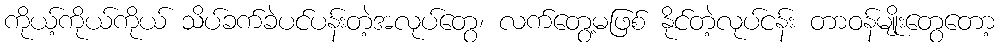
ကိုယ့်ကိုယ်ကိုယ် သိပ်ခက်ခဲပင်ပန်းတဲ့အလုပ်တွေ၊ လက်တွေ့မဖြစ် နိုင်တဲ့လုပ်ငန်း တာဝန်မျိုးတွေတော့